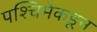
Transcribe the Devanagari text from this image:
पश्‍चिमेकडून